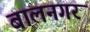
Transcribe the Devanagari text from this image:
बालनगर